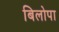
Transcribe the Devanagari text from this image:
बिलोपा